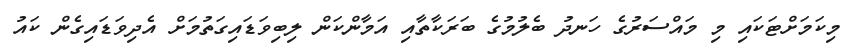
މިކަމަށްޓަކައި މި މައްސަރުގެ ހަނދު ބެލުމުގެ ބަރަކާތާއި އަމާންކަން ލިބިވަޑައިގަތުމަށް އެދިވަޑައިގެން ކައު